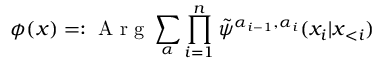
\phi ( \boldsymbol x ) = : \mathrm { ~ A ~ r ~ g ~ } \sum _ { \boldsymbol { \alpha } } \prod _ { i = 1 } ^ { n } \tilde { \psi } ^ { \alpha _ { i - 1 } , \alpha _ { i } } ( x _ { i } | \boldsymbol x _ { < i } )